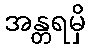
အန္တရမှိ